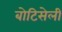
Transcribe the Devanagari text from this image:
बोटिसेली